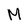
Character: M